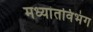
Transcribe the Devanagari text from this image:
मध्यांतविभंग